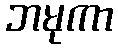
ဘမုကာ